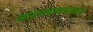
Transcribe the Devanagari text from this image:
खांडावप्रस्थनावाचा